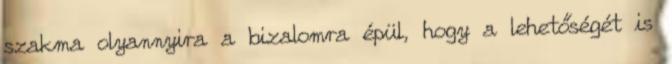
szakma olyannyira a bizalomra épül, hogy a lehetőségét is